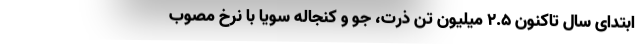
ابتدای سال تاکنون ۲.۵ میلیون تن ذرت، جو و کنجاله سویا با نرخ مصوب